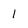
Character: l